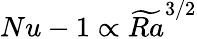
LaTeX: Nu-1\propto\widetilde{Ra}^{3/2}